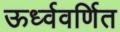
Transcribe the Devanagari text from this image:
ऊर्ध्ववर्णित